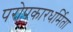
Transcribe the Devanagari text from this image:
परोपकारधर्मिता